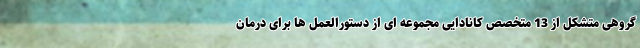
گروهی متشکل از 13 متخصص کانادایی مجموعه ای از دستورالعمل ها برای درمان